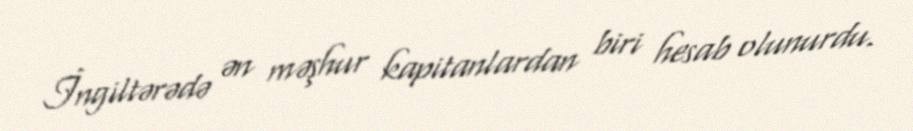
İngiltərədə ən məşhur kapitanlardan biri hesab olunurdu.